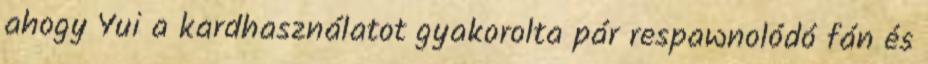
ahogy Yui a kardhasználatot gyakorolta pár respawnolódó fán és